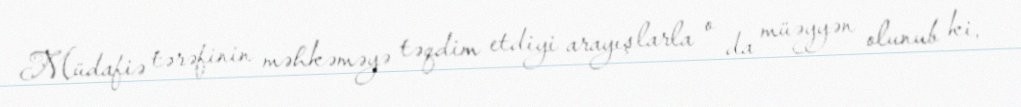
Müdafiə tərəfinin məhkəməyə təqdim etdiyi arayışlarla o da müəyyən olunub ki,